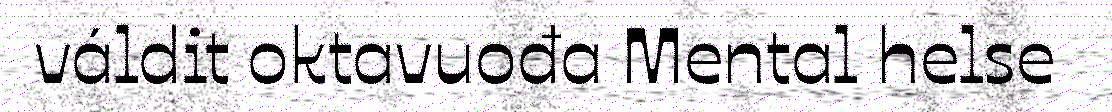
váldit oktavuođa Mental helse